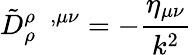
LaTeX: \tilde{D}_{\rho}^{\rho\; \; ,\mu\nu}=-\frac{\eta_{\mu\nu}}{k^{2}}